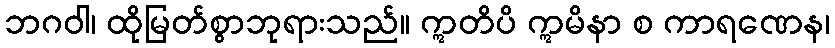
ဘဂဝါ၊ ထိုမြတ်စွာဘုရားသည်။ ဣတိပိ ဣမိနာ စ ကာရဏေန၊